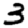
Digit: 3